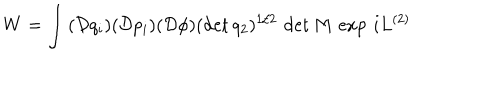
W = \int \, ( \mathcal { D } q _ { i } ) ( \mathcal { D } p _ { i } ) ( \mathcal { D } \phi ) ( \det q _ { 2 } ) ^ { 1 / 2 } \, \det M \, \exp \, i L ^ { ( 2 ) }